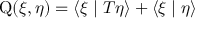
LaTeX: \operatorname { Q } ( \xi , \eta ) = \langle \xi \mid T \eta \rangle + \langle \xi \mid \eta \rangle